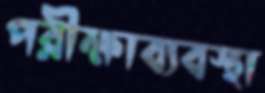
পরীক্ষাব্যবস্থা